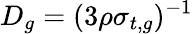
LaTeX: D_{g}=(3\rho\sigma_{t,g})^{-1}